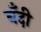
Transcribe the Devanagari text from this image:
बँदी